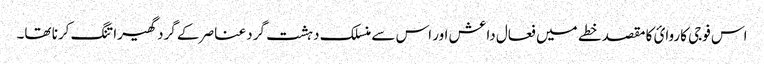
اس فوجی کاروائ کا مقصد خطے میں فعال داعش اور اس سے منسلک دہشت گرد عناصر کے گرد گھیرا تنگ کرنا تھا۔